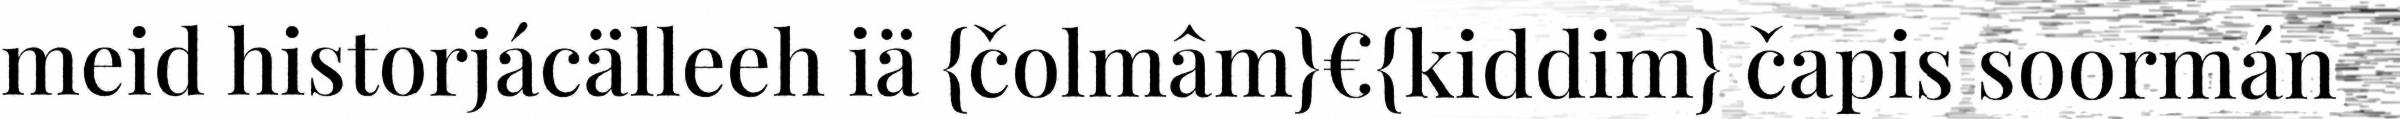
meid historjácälleeh iä {čolmâm}€{kiddim} čapis soormán